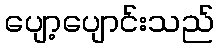
ပျော့ပျောင်းသည်